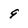
Character: 9